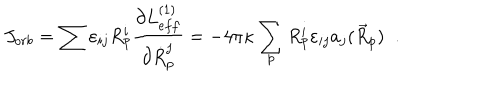
J _ { o r b } = \sum \varepsilon _ { i j } R _ { p } ^ { i } \frac { \partial L _ { e f f } ^ { ( 1 ) } } { \partial \dot { R } _ { p } ^ { j } } = - 4 \pi \kappa \sum _ { p } R _ { p } ^ { i } \varepsilon _ { i j } a _ { j } ( \vec { R } _ { p } ) \; \; .